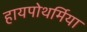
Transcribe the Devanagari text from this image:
हायपोथर्मिया